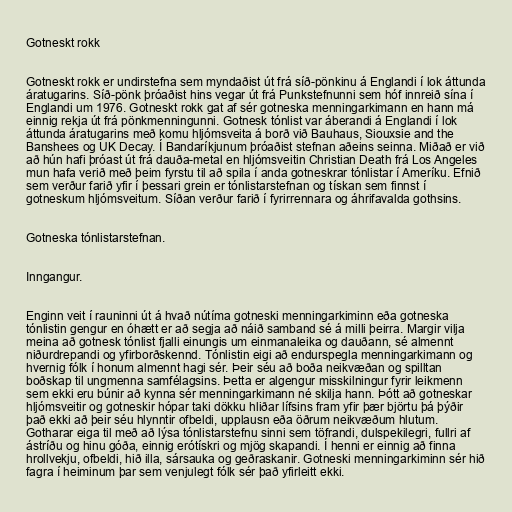
Gotneskt rokk

Gotneskt rokk er undirstefna sem myndaðist út frá síð-pönkinu á Englandi í lok áttunda
áratugarins. Síð-pönk þróaðist hins vegar út frá Punkstefnunni sem hóf innreið sína í
Englandi um 1976. Gotneskt rokk gat af sér gotneska menningarkimann en hann má
einnig rekja út frá pönkmenningunni. Gotnesk tónlist var áberandi á Englandi í lok
áttunda áratugarins með komu hljómsveita á borð við Bauhaus, Siouxsie and the
Banshees og UK Decay. Í Bandaríkjunum þróaðist stefnan aðeins seinna. Miðað er við
að hún hafi þróast út frá dauða-metal en hljómsveitin Christian Death frá Los Angeles
mun hafa verið með þeim fyrstu til að spila í anda gotneskrar tónlistar í Ameríku. Efnið
sem verður farið yfir í þessari grein er tónlistarstefnan og tískan sem finnst í
gotneskum hljómsveitum. Síðan verður farið í fyrirrennara og áhrifavalda gothsins.

Gotneska tónlistarstefnan.

Inngangur.

Enginn veit í rauninni út á hvað nútíma gotneski menningarkiminn eða gotneska
tónlistin gengur en óhætt er að segja að náið samband sé á milli þeirra. Margir vilja
meina að gotnesk tónlist fjalli einungis um einmanaleika og dauðann, sé almennt
niðurdrepandi og yfirborðskennd. Tónlistin eigi að endurspegla menningarkimann og
hvernig fólk í honum almennt hagi sér. Þeir séu að boða neikvæðan og spilltan
boðskap til ungmenna samfélagsins. Þetta er algengur misskilningur fyrir leikmenn
sem ekki eru búnir að kynna sér menningarkimann né skilja hann. Þótt að gotneskar
hljómsveitir og gotneskir hópar taki dökku hliðar lífsins fram yfir þær björtu þá þýðir
það ekki að þeir séu hlynntir ofbeldi, upplausn eða öðrum neikvæðum hlutum.
Gotharar eiga til með að lýsa tónlistarstefnu sinni sem töfrandi, dulspekilegri, fullri af
ástríðu og hinu góða, einnig erótískri og mjög skapandi. Í henni er einnig að finna
hrollvekju, ofbeldi, hið illa, sársauka og geðraskanir. Gotneski menningarkiminn sér hið
fagra í heiminum þar sem venjulegt fólk sér það yfirleitt ekki.